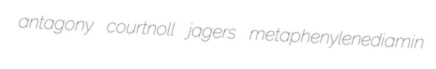
antagony courtnoll jagers metaphenylenediamin